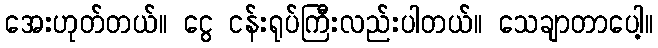
အေးဟုတ်တယ်။ ငွေ ငန်းရုပ်ကြီးလည်းပါတယ်။ သေချာတာပေါ့။